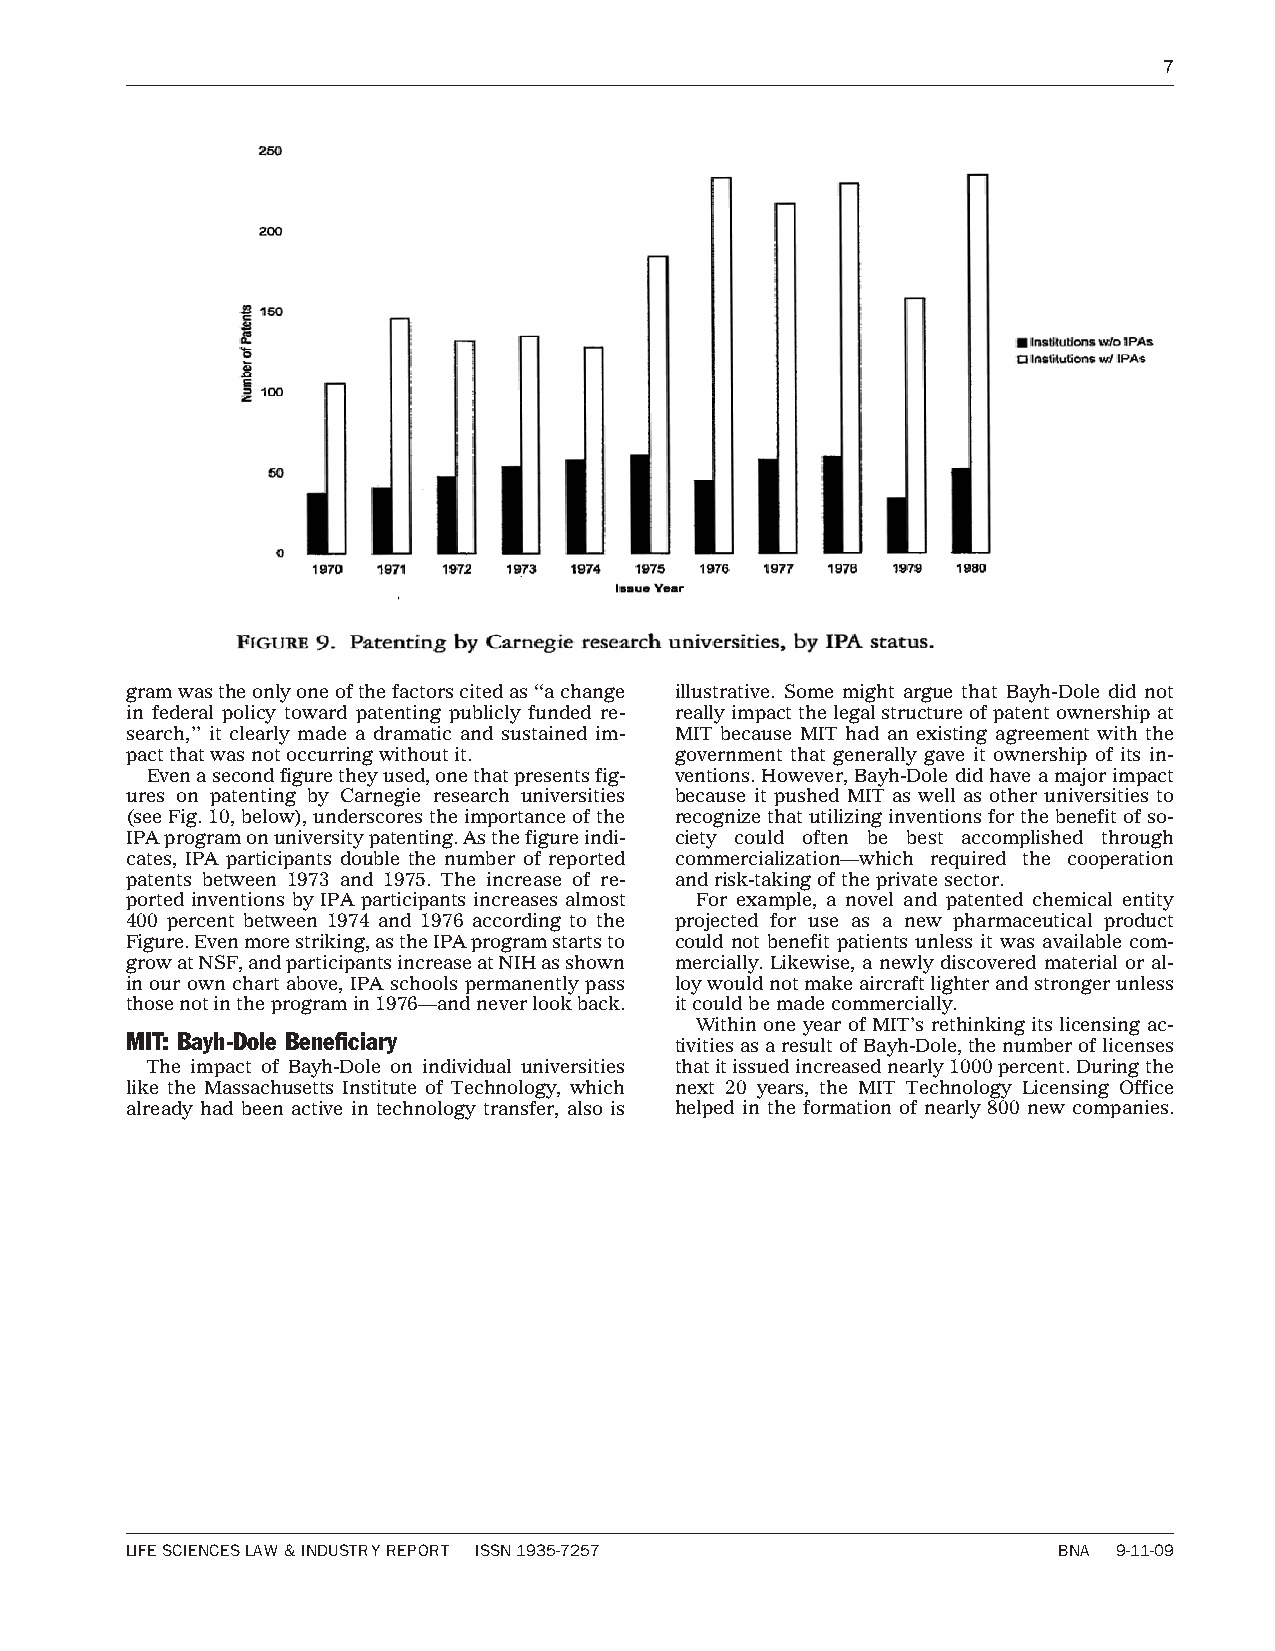
7
 gramwastheonlyoneofthefactorscitedas‘‘achange illustrative. Some might argue that Bayh-Dole did not
 in federal policy toward patenting publicly funded re- reallyimpactthelegalstructureofpatentownershipat
 search,’’ it clearly made a dramatic and sustained im- MIT because MIT had an existing agreement with the
 pactthatwasnotoccurringwithoutit.    government that generally gave it ownership of its in-
 Evenasecondfiguretheyused,onethatpresentsfig- ventions.However,Bayh-Doledidhaveamajorimpact
 ures on patenting by Carnegie research universities because it pushed MIT as well as other universities to
 (seeFig.10,below),underscorestheimportanceofthe recognizethatutilizinginventionsforthebenefitofso-
 IPAprogramonuniversitypatenting.Asthefigureindi- ciety could often be best accomplished through
 cates, IPA participants double the number of reported commercialization—which required the cooperation
 patents between 1973 and 1975. The increase of re- andrisk-takingoftheprivatesector.
 ported inventions by IPA participants increases almost For example, a novel and patented chemical entity
 400 percent between 1974 and 1976 according to the projected for use as a new pharmaceutical product
 Figure.Evenmorestriking,astheIPAprogramstartsto could not benefit patients unless it was available com-
 growatNSF,andparticipantsincreaseatNIHasshown mercially. Likewise, a newly discovered material or al-
 in our own chart above, IPA schools permanently pass loywouldnotmakeaircraftlighterandstrongerunless
 thosenotintheprogramin1976—andneverlookback. itcouldbemadecommercially.
 Within one year of MIT’s rethinking its licensing ac-
 MIT: Bayh-Dole Beneficiary
 tivitiesasaresultofBayh-Dole,thenumberoflicenses
 The impact of Bayh-Dole on individual universities thatitissuedincreasednearly1000percent.Duringthe
 like the Massachusetts Institute of Technology, which next 20 years, the MIT Technology Licensing Office
 already had been active in technology transfer, also is helped in the formation of nearly 800 new companies.
 LIFESCIENCESLAW&INDUSTRYREPORT ISSN1935-7257                  BNA 9-11-09